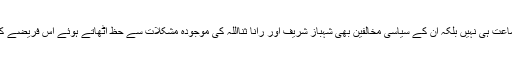
شہباز شریف اور ان کی جماعت ہی نہیں بلکہ ان کے سیاسی مخالفین بھی شہباز شریف اور رانا ثنااللہ کی موجودہ مشکلات سے حظ اُٹھاتے ہوئے اس فریضے کو نظرانداز کئے ہوئے ہیں۔